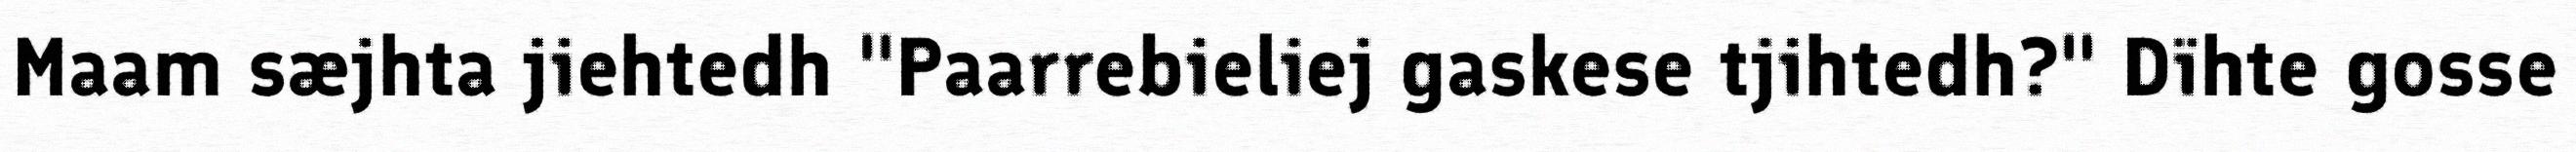
Maam sæjhta jiehtedh "Paarrebieliej gaskese tjihtedh?" Dïhte gosse